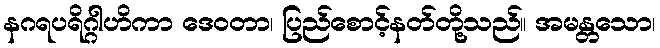
နဂရပရိဂ္ဂါဟိကာ ဒေဝတာ၊ ပြည်စောင့်နတ်တို့သည်။ အမန္တသော၊